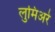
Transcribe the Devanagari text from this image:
लुमिअरे